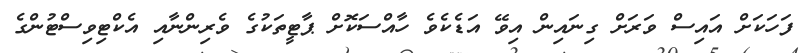
ފަހަކަށް އައިސް ވަރަށް ގިނައިން އިވޭ އަޑެކެވެ ހާއްސަކޮށް ޕާޓީތަކުގެ ވެރިންނާއި އެކްޓިވިސްޓުންގެ